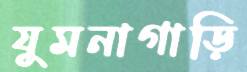
যুমনাগাড়ি